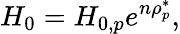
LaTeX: H_{0}=H_{0,p}e^{n\rho_{p}^{*}},